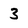
Character: 3